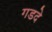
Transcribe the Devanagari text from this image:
गडदे